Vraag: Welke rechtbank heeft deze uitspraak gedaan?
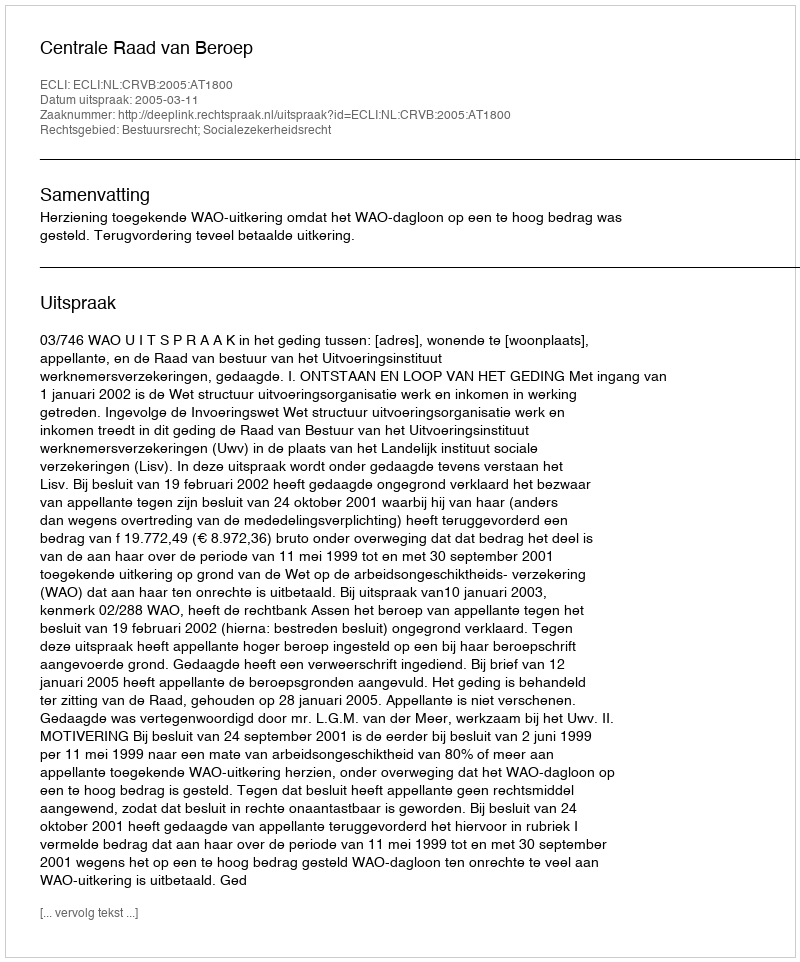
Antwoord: Centrale Raad van Beroep